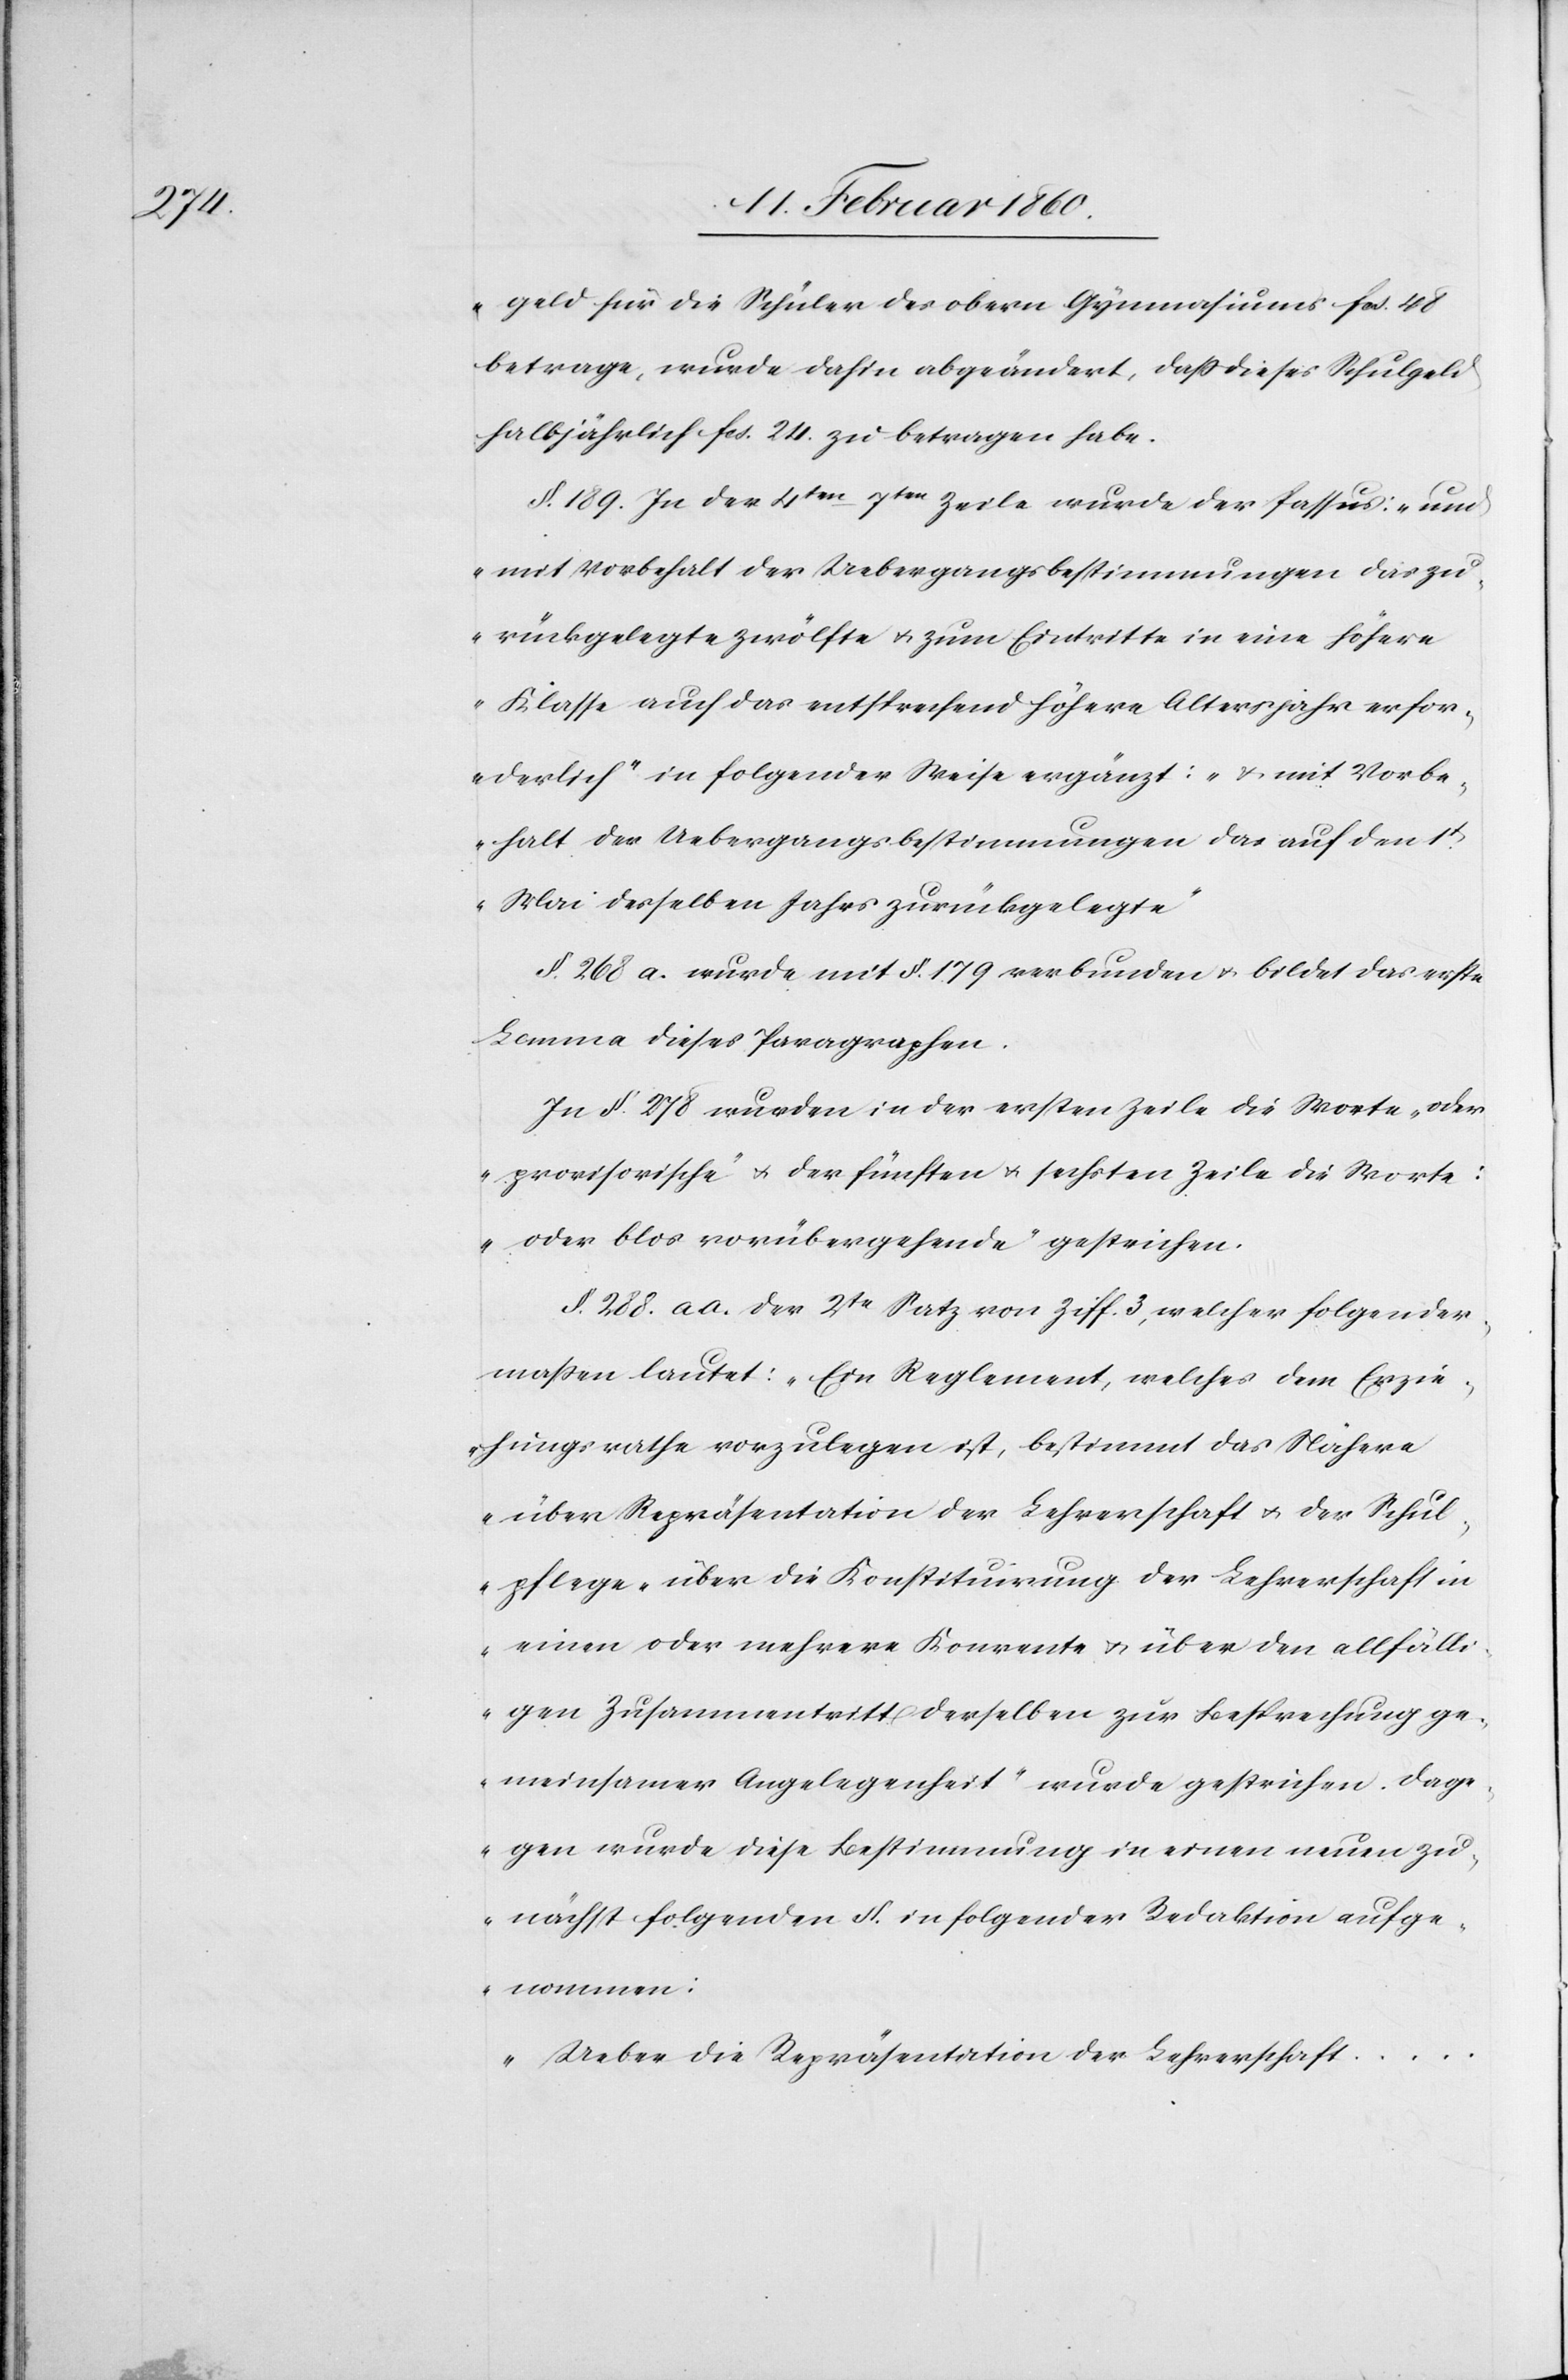
geld für die Schüler des obern Gymnasiums fcs. 48
betrage, wurde dahin abgeändert, dass dieses Schulgeld
halbjährlich fcs. 24. zu betragen habe.
§. 189. In der 4ten–7ten Zeile wurde der Passus: „und
mit Vorbehalt der Uebergangsbestimmungen das zu¬
rückgelegte zwölfte u. zum Eintritte in eine höhere
Klasse auch das entsprechend höhere Altersjahr erfor¬
derlich“ in folgendes Weise ergänzt: „u. mit Vorbe¬
halt der Uebergangsbestimmungen das auf den 1t
Mai desselben Jahres zurückgelegte.“
§. 268. a. wurde mit §. 179. verbunden u. bildet das erste
Lemma dieses Paragraphen.
In §. 278. wurden in der ersten Zeile die Worte „Oder
provisorische“ u. der fünften u. sechsten Zeile die Worte:
„oder blos vorübergehende“ gestrichen.
§. 288. a. a. der 2te Satz von Ziff. 3., welcher folgender¬
maßen lautet: „Ein Reglement, welches dem Erzie¬
hungsrathe vorzulegen ist, bestimmt das Nähere
über Repräsentation der Lehrerschaft u. der Schul¬
pflege, über die Konstituirung der Lehrerschaft in
einen oder mehrere Konvente u. über den allfälli¬
gen Zusammentritt derselben zur Besprechung ge¬
meinsamer Angelegenheit“ wurde gestrichen dage¬
gen wurde diese Bestimmung in einen neuen zu¬
nächst folgenden §. in folgender Redaktion aufge¬
nommen:
„Ueber die Repräsentation der Lehrerschaft …